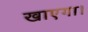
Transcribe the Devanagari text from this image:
खाएगा।